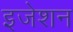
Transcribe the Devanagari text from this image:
इजेशन